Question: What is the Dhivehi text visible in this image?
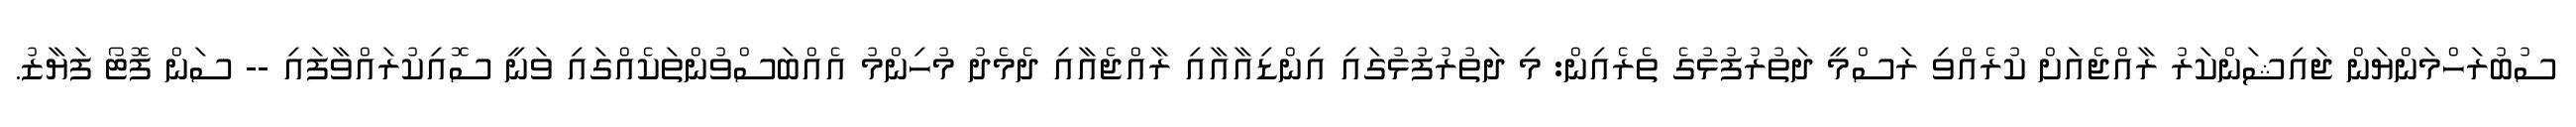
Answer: ސުބުރަހްމަންޔަން ޖައިޝަންކަރު ރާއްޖެއަށް ކުރެއްވި ރަސްމީ ދަތުރުފުޅުގެ ތެރެއިން: މި ދަތުރުފުޅުގައި އިންޑިއާއާއި ރާއްޖެއާއި ދެމެދު މުހިންމު އެއްބަސްވުންތަކެއްގައި ވަނީ ސޮއިކުރައްވާފައި -- ސަން ފޮޓޯ ފަޔާޒު.